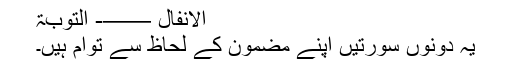
الانفال ——- التوبۃ
یہ دونوں سورتیں اپنے مضمون کے لحاظ سے توام ہیں۔